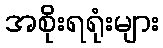
အစိုးရရုံးများ